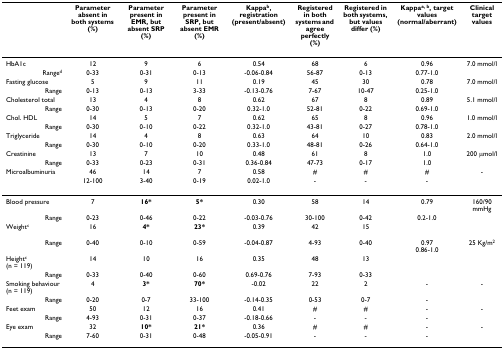
<table><thead><tr><td></td><td><b>Parameter absent in both systems (%)</b></td><td><b>Parameter present in EMR, but absent SRP (%)</b></td><td><b>Parameter present in SRP, but absent EMR (%)</b></td><td><b>Kappa<sup>b</sup>, registration (present/absent)</b></td><td><b>Registered in both systems and agree perfectly (%)</b></td><td><b>Registered in both systems, but values differ (%)</b></td><td><b>Kappa<sup>a, b</sup>, target values (normal/aberrant)</b></td><td><b>Clinical target values</b></td></tr></thead><tbody><tr><td>HbA1c</td><td>12</td><td>9</td><td>6</td><td>0.54</td><td>68</td><td>6</td><td>0.96</td><td>7.0 mmol/l</td></tr><tr><td>Range<sup>d</sup></td><td>0-33</td><td>0-31</td><td>0-13</td><td>-0.06-0.84</td><td>56-87</td><td>0-13</td><td>0.77-1.0</td><td></td></tr><tr><td>Fasting glucose</td><td>5</td><td>9</td><td>11</td><td>0.19</td><td>45</td><td>30</td><td>0.78</td><td>7.0 mmol/l</td></tr><tr><td>Range</td><td>0-13</td><td>0-13</td><td>3-33</td><td>-0.13-0.76</td><td>7-67</td><td>10-47</td><td>0.25-1.0</td><td></td></tr><tr><td>Cholesterol total</td><td>13</td><td>4</td><td>8</td><td>0.62</td><td>67</td><td>8</td><td>0.89</td><td>5.1 mmol/l</td></tr><tr><td>Range</td><td>0-30</td><td>0-13</td><td>0-20</td><td>0.32-1.0</td><td>52-81</td><td>0-22</td><td>0.69-1.0</td><td></td></tr><tr><td>Chol. HDL</td><td>14</td><td>5</td><td>7</td><td>0.62</td><td>65</td><td>8</td><td>0.96</td><td>1.0 mmol/l</td></tr><tr><td>Range</td><td>0-30</td><td>0-10</td><td>0-22</td><td>0.32-1.0</td><td>43-81</td><td>0-27</td><td>0.78-1.0</td><td></td></tr><tr><td>Triglyceride</td><td>14</td><td>4</td><td>8</td><td>0.63</td><td>64</td><td>10</td><td>0.83</td><td>2.0 mmol/l</td></tr><tr><td>Range</td><td>0-30</td><td>0-10</td><td>0-20</td><td>0.33-1.0</td><td>48-81</td><td>0-26</td><td>0.64-1.0</td><td></td></tr><tr><td>Creatinine</td><td>13</td><td>7</td><td>10</td><td>0.48</td><td>61</td><td>8</td><td>1.0</td><td>200 μmol/l</td></tr><tr><td>Range</td><td>0-33</td><td>0-23</td><td>0-31</td><td>0.36-0.84</td><td>47-73</td><td>0-17</td><td>1.0</td><td></td></tr><tr><td>Microalbuminuria</td><td>46</td><td>14</td><td>7</td><td>0.58</td><td>#</td><td>#</td><td>#</td><td>-</td></tr><tr><td></td><td>12-100</td><td>3-40</td><td>0-19</td><td>0.02-1.0</td><td>-</td><td>-</td><td>-</td><td></td></tr><tr><td>Blood pressure</td><td>7</td><td><b>16*</b></td><td><b>5*</b></td><td>0.30</td><td>58</td><td>14</td><td>0.79</td><td>160/90mmHg</td></tr><tr><td>Range</td><td>0-23</td><td>0-46</td><td>0-22</td><td>-0.03-0.76</td><td>30-100</td><td>0-42</td><td>0.2-1.0</td><td></td></tr><tr><td>Weight<sup>c</sup></td><td>16</td><td><b>4*</b></td><td><b>23*</b></td><td>0.39</td><td>42</td><td>15</td><td></td><td></td></tr><tr><td>Range</td><td>0-40</td><td>0-10</td><td>0-59</td><td>-0.04-0.87</td><td>4-93</td><td>0-40</td><td>0.970.86-1.0</td><td>25 Kg/m<sup>2</sup></td></tr><tr><td>Height<sup>c </sup>(n = 119)</td><td>14</td><td>10</td><td>16</td><td>0.35</td><td>48</td><td>13</td><td></td><td></td></tr><tr><td>Range</td><td>0-33</td><td>0-40</td><td>0-60</td><td>0.69-0.76</td><td>7-93</td><td>0-33</td><td></td><td></td></tr><tr><td>Smoking behaviour (n = 119)</td><td>4</td><td><b>3*</b></td><td><b>70*</b></td><td>-0.02</td><td>22</td><td>2</td><td>-</td><td>-</td></tr><tr><td>Range</td><td>0-20</td><td>0-7</td><td>33-100</td><td>-0.14-0.35</td><td>0-53</td><td>0-7</td><td>-</td><td></td></tr><tr><td>Feet exam</td><td>50</td><td>12</td><td>16</td><td>0.41</td><td>#</td><td>#</td><td>-</td><td>-</td></tr><tr><td>Range</td><td>4-93</td><td>0-31</td><td>0-37</td><td>-0.18-0.66</td><td>-</td><td>-</td><td>-</td><td></td></tr><tr><td>Eye exam</td><td>32</td><td><b>10*</b></td><td><b>21*</b></td><td>0.36</td><td>#</td><td>#</td><td>-</td><td>-</td></tr><tr><td>Range</td><td>7-60</td><td>0-31</td><td>0-48</td><td>-0.05-0.91</td><td>-</td><td>-</td><td>-</td><td></td></tr></tbody></table>